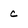
Character: c